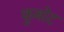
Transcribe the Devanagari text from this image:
कुबोट